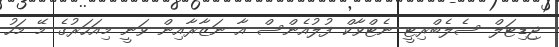
ޖިޑިޓަލް ސެލެބްރިޓީ ނެޓްވާކް ފުލުއެންސް އާ ނަޒާރާއިން ވަނީ މިއަހަރުގެ މޭ މަހު